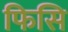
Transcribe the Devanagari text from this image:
फिसि